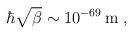
LaTeX: \begin{align*}\hbar\sqrt{\beta} \sim 10^{-69}\,\mathrm{m}\;,\end{align*}